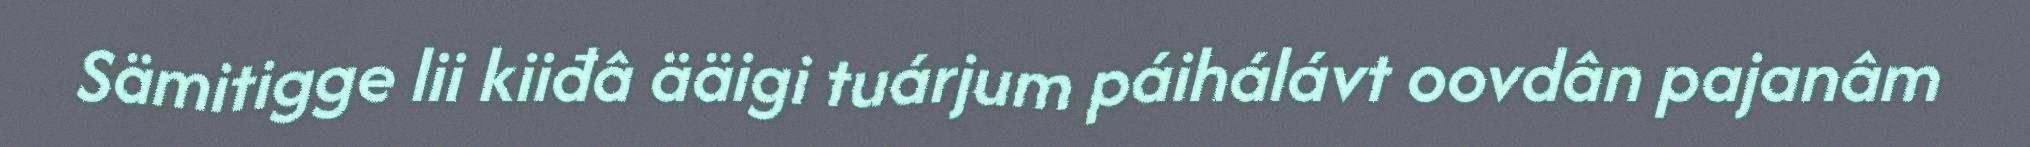
Sämitigge lii kiiđâ ääigi tuárjum páihálávt oovdân pajanâm